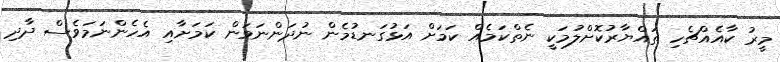
މީރު ކާއެއްޗެހި ތައްޔާރުކޮށްލުމަކީ ނެތްކަމެއް ކަމަށް އަޅުގަނޑުމެން ނުދަންނަވަން ކަމަށާއި އެހެންނަމަވެސް ދާދި